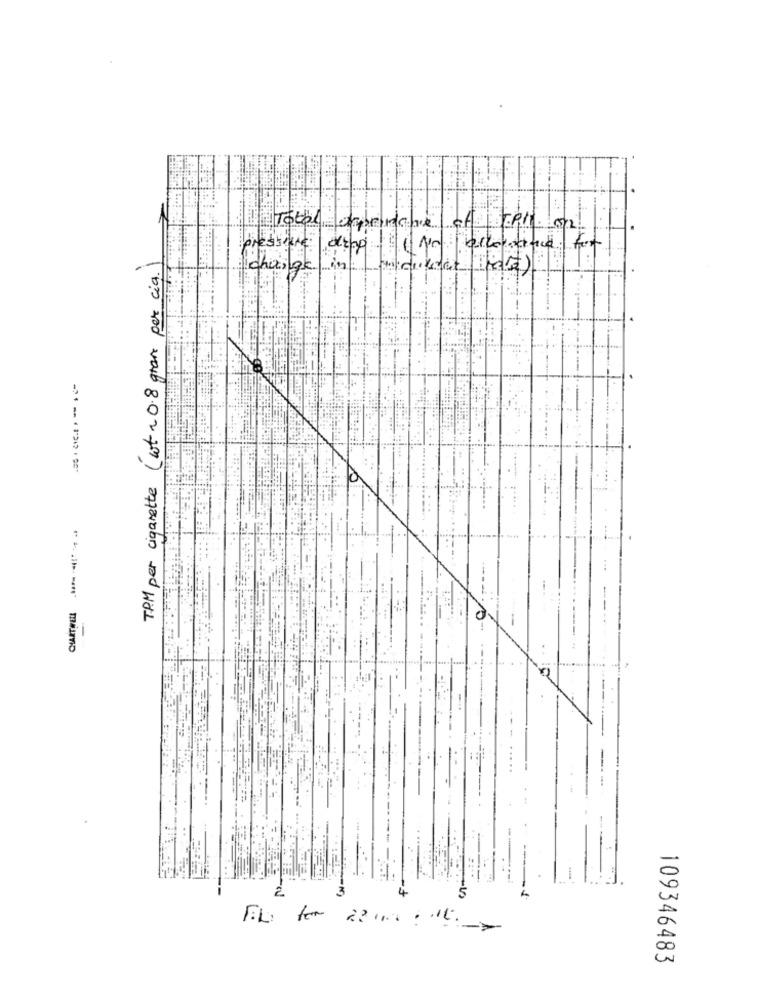
Total ofprince of ....
pressing
(wt ~ 0.8 gran per ciq.)
change in
TPM per cigarette
mismo
109346483